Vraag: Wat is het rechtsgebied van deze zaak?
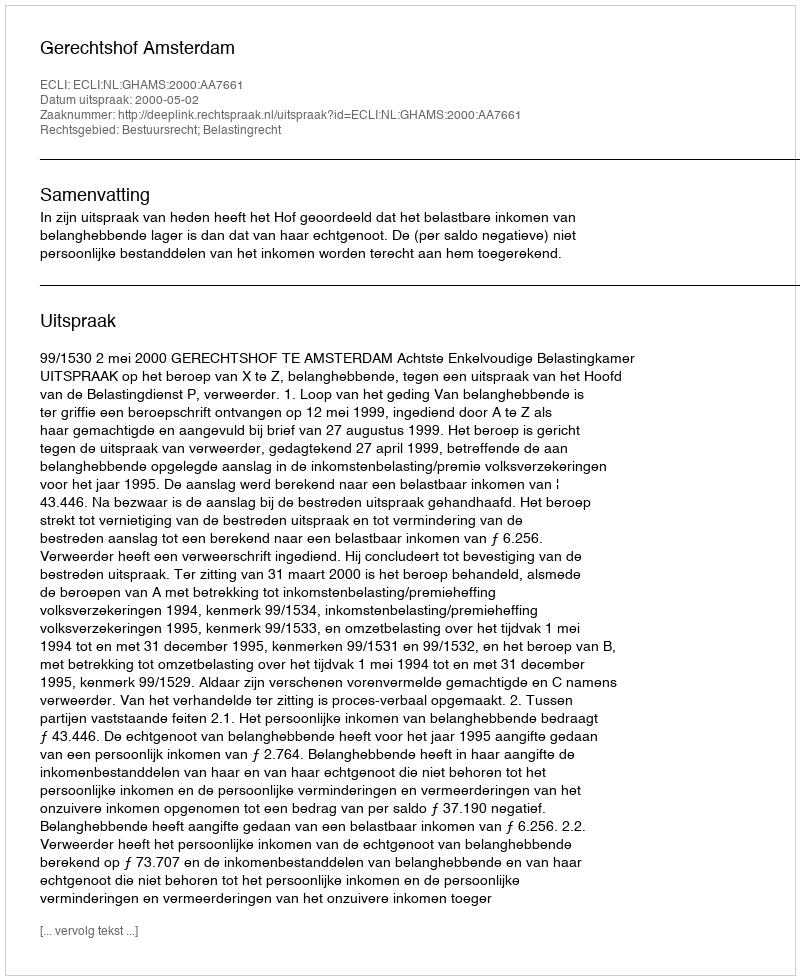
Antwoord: Bestuursrecht; Belastingrecht